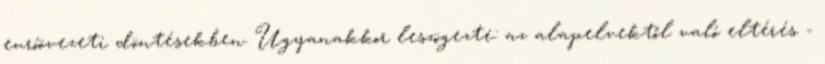
euróövezeti döntésekben. Ugyanakkor leszögezte: az alapelvektől való eltérés -